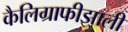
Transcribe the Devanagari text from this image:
कैलिग्राफीझाली